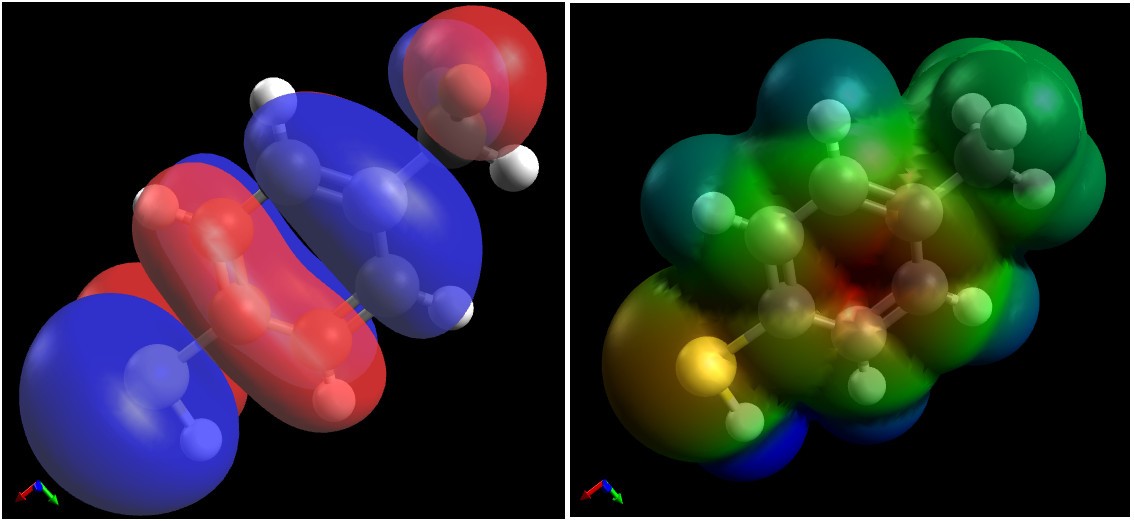
avogadro, ball and sticks, mesh